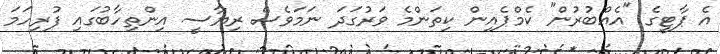
އެ ޕާޓީގެ "އެއްބުރުން" ކެމްޕެއިން ކިތަންމެ ވަރުގަދަ ނަމަވެސް ރިޔާސީ އިންތިހާބުގައި ފުރިހަމަ